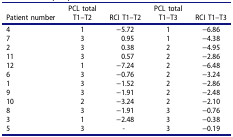
<table><thead><tr><td><b>Patient number</b></td><td><b>PCL totalT1–T2</b></td><td><b>RCI T1–T2</b></td><td><b>PCL totalT1–T3</b></td><td><b>RCI T1–T3</b></td></tr></thead><tbody><tr><td>4</td><td>1</td><td>−5.72</td><td>1</td><td>−6.86</td></tr><tr><td>7</td><td>3</td><td>0.95</td><td>1</td><td>−4.38</td></tr><tr><td>2</td><td>3</td><td>0.38</td><td>2</td><td>−4.95</td></tr><tr><td>11</td><td>3</td><td>0.57</td><td>2</td><td>−2.86</td></tr><tr><td>12</td><td>1</td><td>−7.24</td><td>2</td><td>−6.48</td></tr><tr><td>6</td><td>3</td><td>−0.76</td><td>2</td><td>−3.24</td></tr><tr><td>1</td><td>3</td><td>−1.52</td><td>2</td><td>−2.86</td></tr><tr><td>9</td><td>3</td><td>−1.91</td><td>2</td><td>−2.48</td></tr><tr><td>10</td><td>2</td><td>−3.24</td><td>2</td><td>−2.10</td></tr><tr><td>8</td><td>3</td><td>−1.91</td><td>3</td><td>−0.76</td></tr><tr><td>3</td><td>1</td><td>−2.48</td><td>3</td><td>−0.38</td></tr><tr><td>5</td><td>3</td><td>-</td><td>3</td><td>−0.19</td></tr></tbody></table>